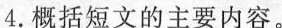
4.概括短文的主要内容。